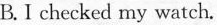
B.I checked my watch.